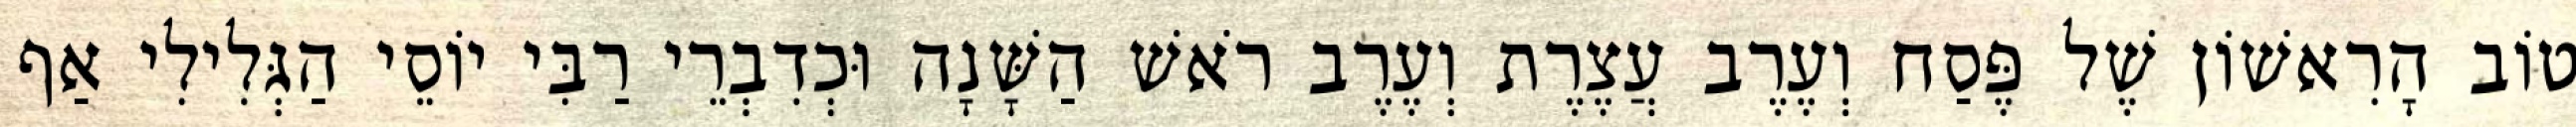
טוֹב הָרִאשׁוֹן שֶׁל פֶּסַח וְעֶרֶב עֲצֶרֶת וְעֶרֶב רֹאשׁ הַשָּׁנָה וּכְדִבְרֵי רַבִּי יוֹסֵי הַגְּלִילִי אַף